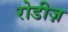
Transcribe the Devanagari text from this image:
रोडीज़